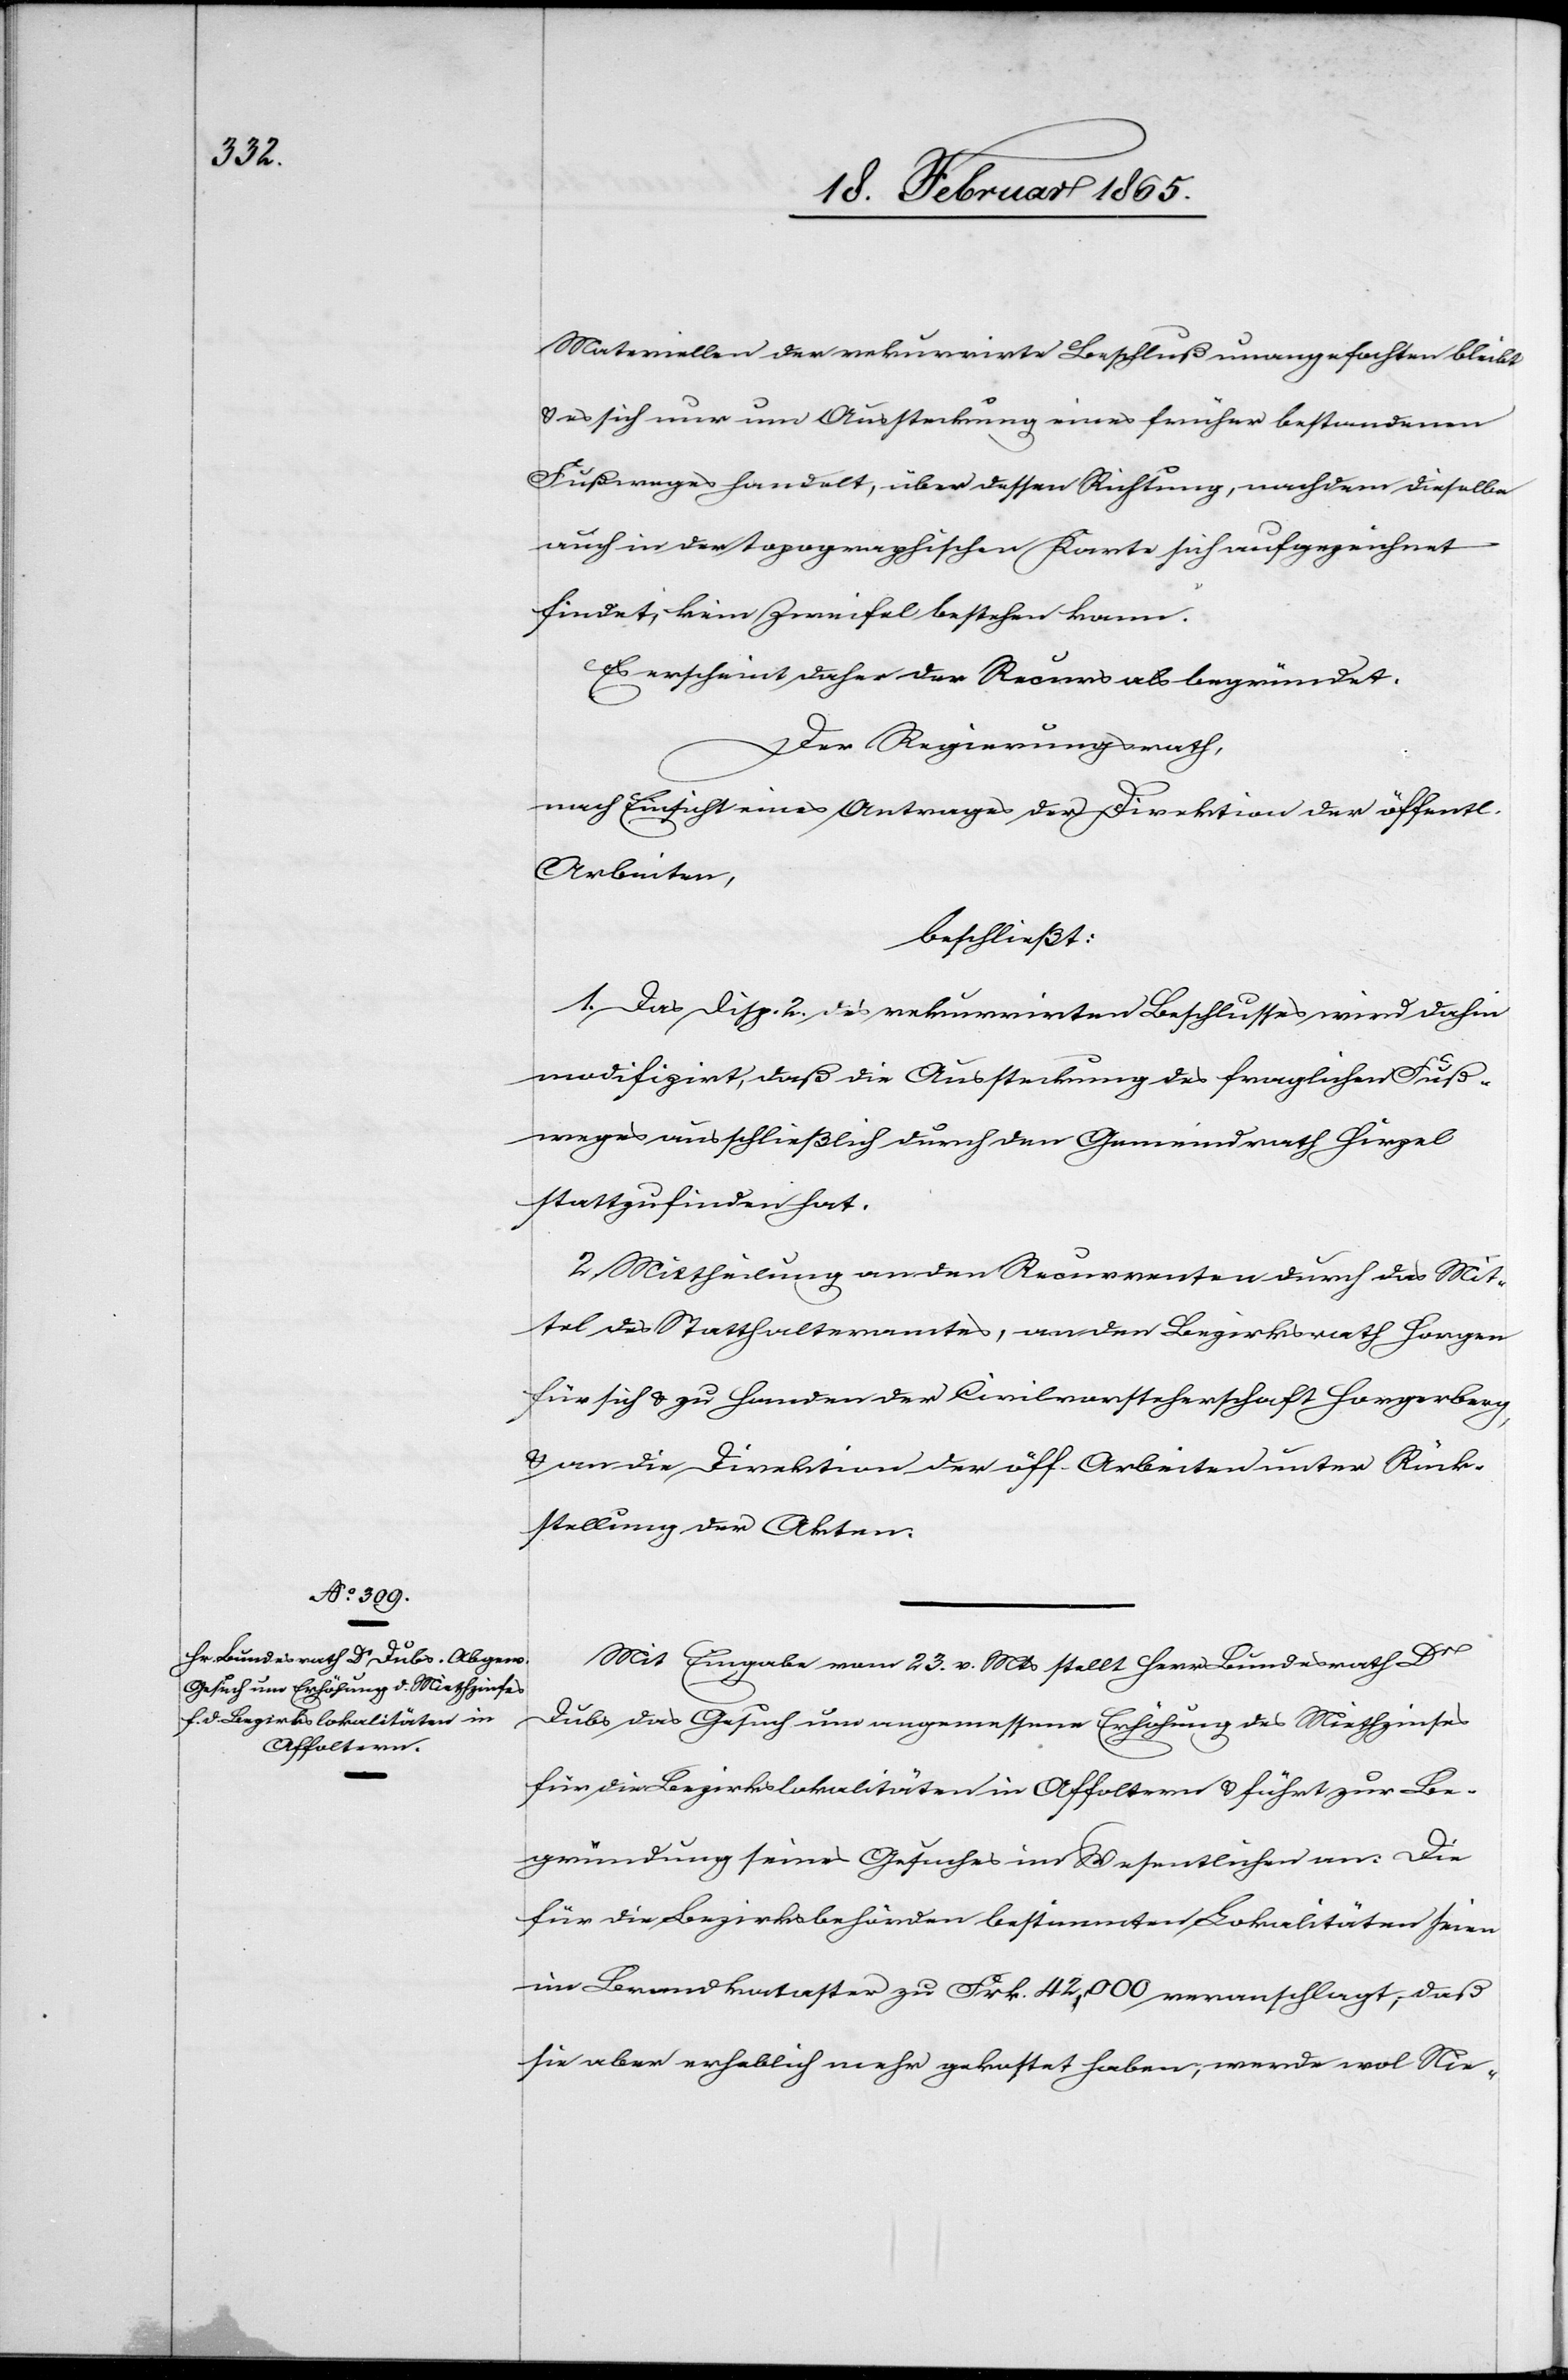
Materiellen der rekurrirte Beschluß unangefochten bleibt
u. es sich nur um Aussteckung eines früher bestandenen
Fußweges handelt, über dessen Richtung, nachdem dieselbe
auch in der topographischen Karte sich aufgezeichnet
findet, kein Zweifel bestehen kann.
Es erscheint daher der Recurs als begründet.
Der Regierungsrath,
nach Einsicht eines Antrages der Direktion der öffentl.
Arbeiten,
beschließt:
1. Das Disp. 2. des rekurrirten Beschlusses wird dahin
modifizirt, daß die Aussteckung des fraglichen Fuß¬
weges ausschließlich durch den Gemeindrath Hirzel
stattzufinden hat.
2. Mittheilung an den Recurrenten durch das Mit¬
tel des Statthalteramtes, an den Bezirksrath Horgen
für sich u. zu Handen der Civilvorsteherschaft Horgerberg,
u. an die Direktion der öff. Arbeiten unter Rück¬
stellung der Akten.
Mit Eingabe vom 23. v. Mts stellt Herr Bundesrath Dr
Dubs das Gesuch um angemessene Erhöhung des Miethzinses
für die Bezirkslokalitäten in Affoltern u. führt zur Be¬
gründung seines Gesuches im Wesentlichen an: Die
für die Bezirksbehörden bestimmten Lokalitäten seien
im Brandkataster zu Frk. 42,000 veranschlagt, daß
sie aber erheblich mehr gekostet haben, werde wol Nie-